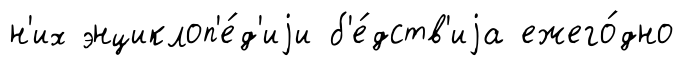
н'их энциклоп'е́д'иjи б'е́дств'иjа ежего́дно